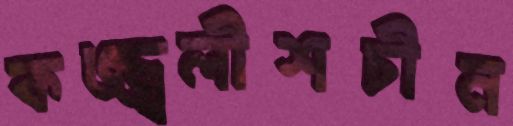
কজ্জ্বলীশচীন